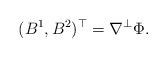
LaTeX: \begin{align*}(B^1, B^2)^{ \top} = \nabla ^{ \bot} \Phi.\end{align*}